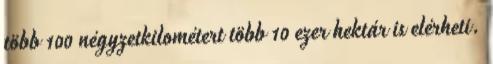
több 100 négyzetkilométert több 10 ezer hektár is elérheti.